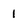
Character: 1